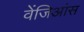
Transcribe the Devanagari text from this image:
वेंजिआंस